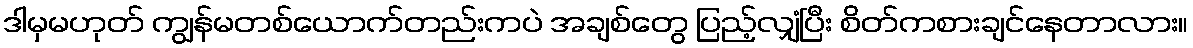
ဒါမှမဟုတ် ကျွန်မတစ်ယောက်တည်းကပဲ အချစ်တွေ ပြည့်လျှံပြီး စိတ်ကစားချင်နေတာလား။